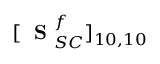
[ \mathrm { ~ \bf ~ S ~ } _ { S C } ^ { f } ] _ { 1 0 , 1 0 }